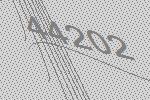
44202